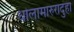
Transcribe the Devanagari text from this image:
धोलामारुरादुहा